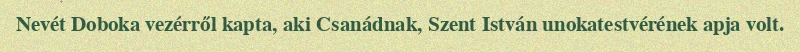
Nevét Doboka vezérről kapta, aki Csanádnak, Szent István unokatestvérének apja volt.